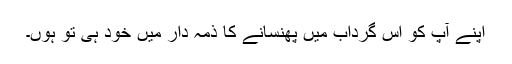
اپنے آپ کو اس گرداب میں پھنسانے کا ذمہ دار میں خود ہی تو ہوں۔